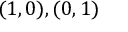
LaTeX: ( 1 , 0 ) , ( 0 , 1 ) \quad